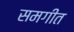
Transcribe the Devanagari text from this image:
समगीत